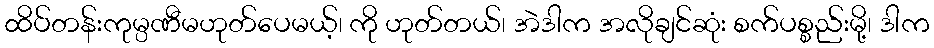
ထိပ်တန်းကုမ္ပဏီမဟုတ်ပေမယ့်၊ ကို ဟုတ်တယ်၊ အဲဒါက အလိုချင်ဆုံး စက်ပစ္စည်းမို့၊ ဒါက